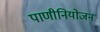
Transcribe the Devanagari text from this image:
पाणीनियोजन